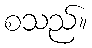
စသည်။